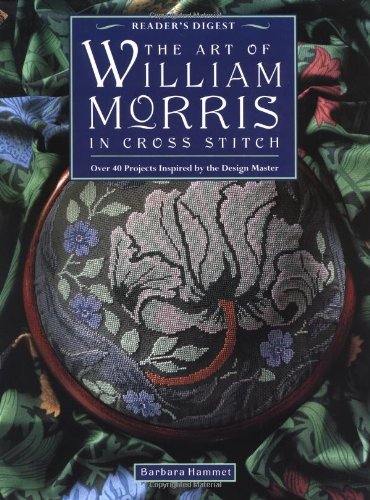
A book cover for The Art of William Morris in Cross Stitch; Barbara Hammet; Crafts, Hobbies & Home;